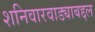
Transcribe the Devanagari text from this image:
शनिवारवाड्याबद्दल